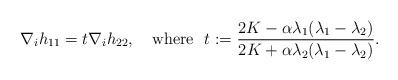
LaTeX: \begin{align*}\nabla_ih_{11} = t \nabla_ih_{22},\quad\mbox{where }\ t:=\frac{2 K-\alpha\lambda_1(\lambda_1-\lambda_2)}{2K+\alpha\lambda_2(\lambda_1-\lambda_2)}.\end{align*}